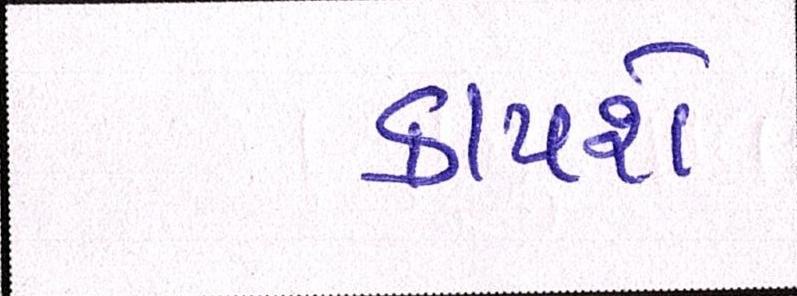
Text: કાપશે